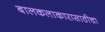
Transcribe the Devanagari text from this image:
बालकलाकारासाठीचा